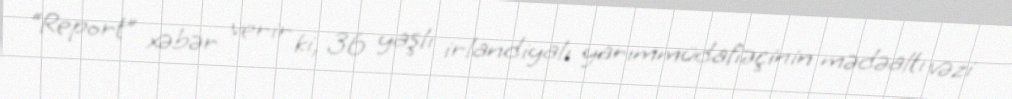
“Report” xəbər verir ki, 36 yaşlı irlandiyalı yarımmüdafiəçinin mədəaltı vəzi